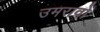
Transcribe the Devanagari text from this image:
उमरावों